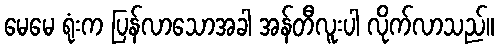
မေမေ ရုံးက ပြန်လာသောအခါ အန်တီလူးပါ လိုက်လာသည်။